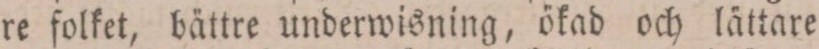
re folket, bättre underwisning, ökad och lättare